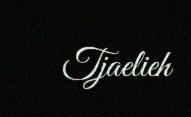
Tjaelieh